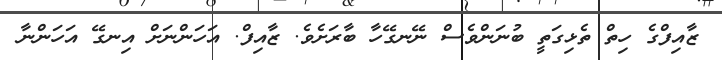
ޒާއިފްގެ ހިތް ތެޅިގަތީ ބުނަންވެސް ނޭނގޭހާ ބާރަށެވެ. ޒާއިފް. އަހަންނަށް އިނގޭ އަހަންނާ